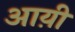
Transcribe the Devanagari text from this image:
आय़ी